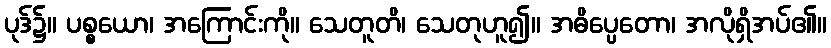
ပုဒ်၌။ ပစ္စယော၊ အကြောင်းကို။ သေတူတိ၊ သေတုဟူ၍။ အဓိပ္ပေတော၊ အလိုရှိအပ်၏။